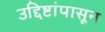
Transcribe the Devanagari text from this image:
उद्दिष्टांपासून